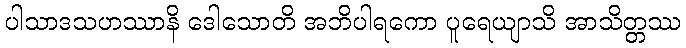
ပါသာဒသဟဿာနိ ဒေါသောတိ အဘိပါရကော ပူရေယျာသိ အာသိတ္တဿ